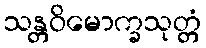
သန္တဝိမောက္ခသုတ္တံ